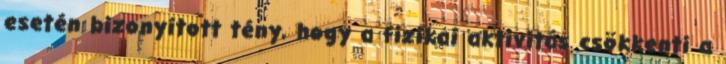
esetén bizonyított tény, hogy a fizikai aktivitás csökkenti a